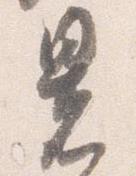
署